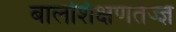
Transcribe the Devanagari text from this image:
बालशिक्षणतज्ज्ञ